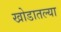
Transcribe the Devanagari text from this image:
खोडातल्या